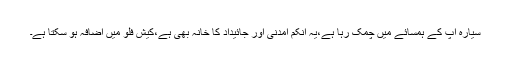
سیارہ آپ کے ہمسائے میں چمک رہا ہے،یہ انکم آمدنی اور جائیداد کا خانہ بھی ہے،کیش فلو میں اضافہ ہو سکتا ہے۔